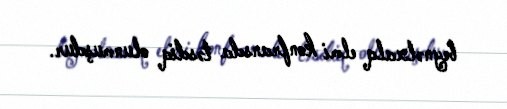
beynəlxalq elmi konfransda təsdiq olunmuşdur.